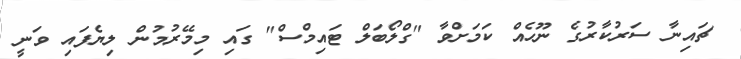
ޗައިނާ ސަރުކާރުގެ ނޫހެއް ކަމަށްވާ "ގްލޯބަލް ޓައިމްސް" ގައި މިމޭރުމުން ލިޔެފައި ވަނީ